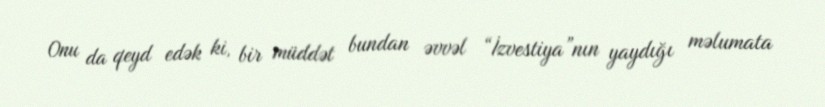
Onu da qeyd edək ki, bir müddət bundan əvvəl “İzvestiya”nın yaydığı məlumata